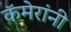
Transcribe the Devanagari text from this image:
कॅमेरांनी